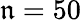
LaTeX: \mathfrak{n}=50